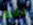
فقط